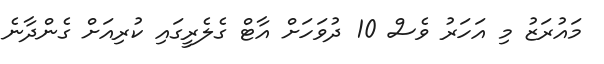
މައުރަޒު މި އަހަރު ވެސް 10 ދުވަހަށް އާޓް ގެލެރީގައި ކުރިއަށް ގެންދާނެ